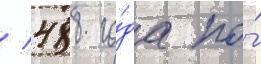
/ 488 го́да по́